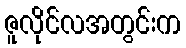
ဇူလိုင်လအတွင်းက